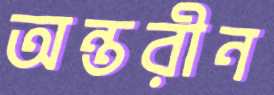
অন্তরীন